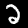
Digit: 2